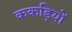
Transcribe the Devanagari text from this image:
ककड़ियों